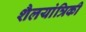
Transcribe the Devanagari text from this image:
शैलयांत्रिकी